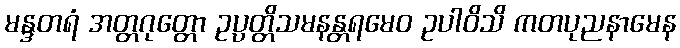
မန္ဒတရံ အတ္တဂုတ္တော ဥပ္ပတ္တိသမနန္တရမေဝ ဥပါဝိသိ ကတပုညနာမေန